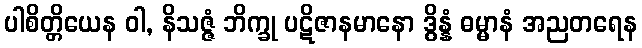
ပါစိတ္တိယေန ဝါ, နိသဇ္ဇံ ဘိက္ခု ပဋိဇာနမာနော ဒွိန္နံ ဓမ္မာနံ အညတရေန